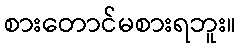
စားတောင်မစားရဘူး။